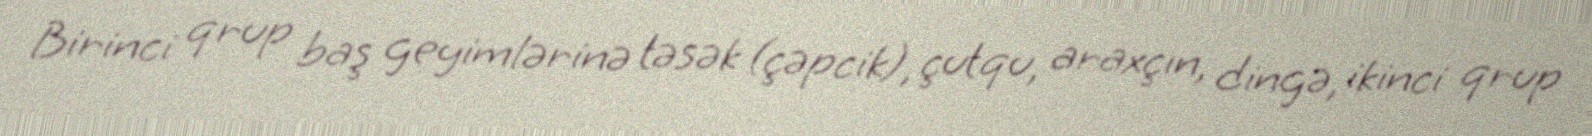
Birinci qrup baş geyimlərinə təsək (çəpcik), çutqu, araxçın, dingə, ikinci qrup